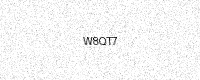
Text: W8QT7